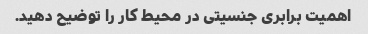
اهمیت برابری جنسیتی در محیط کار را توضیح دهید.